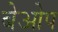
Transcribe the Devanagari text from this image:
बेओप